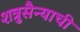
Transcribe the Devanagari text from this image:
शत्रुसैन्याची